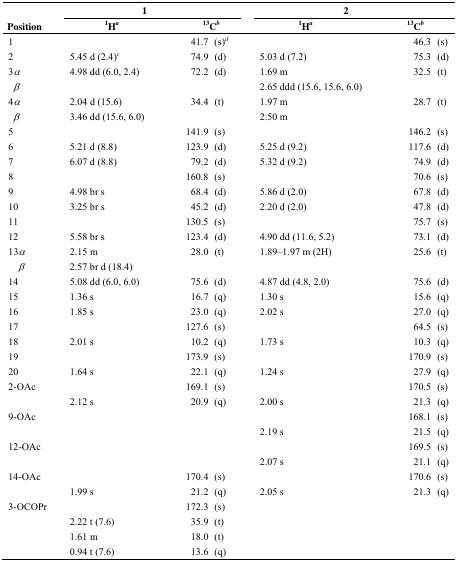
<table><thead><tr><td></td><td colspan="2"><b>1</b></td><td colspan="2"><b>2</b></td></tr><tr><td><b>Position</b></td><td><b><sup>1</sup>Ha</b></td><td><b><sup>13</sup>Cb</b></td><td><b><sup>1</sup>Ha</b></td><td><b><sup>13</sup>Cb</b></td></tr></thead><tbody><tr><td>1</td><td></td><td>41.7 (s)d</td><td></td><td>46.3 (s)</td></tr><tr><td>2</td><td>5.45 d (2.4)c</td><td>74.9 (d)</td><td>5.03 d (7.2)</td><td>75.3 (d)</td></tr><tr><td>3<i>α</i></td><td>4.98 dd (6.0, 2.4)</td><td>72.2 (d)</td><td>1.69 m</td><td>32.5 (t)</td></tr><tr><td> <i>β</i></td><td></td><td></td><td>2.65 ddd (15.6, 15.6, 6.0)</td><td></td></tr><tr><td>4<i>α</i></td><td>2.04 d (15.6)</td><td>34.4 (t)</td><td>1.97 m</td><td>28.7 (t)</td></tr><tr><td> <i>β</i></td><td>3.46 dd (15.6, 6.0)</td><td></td><td>2.50 m</td><td></td></tr><tr><td>5</td><td></td><td>141.9 (s)</td><td></td><td>146.2 (s)</td></tr><tr><td>6</td><td>5.21 d (8.8)</td><td>123.9 (d)</td><td>5.25 d (9.2)</td><td>117.6 (d)</td></tr><tr><td>7</td><td>6.07 d (8.8)</td><td>79.2 (d)</td><td>5.32 d (9.2)</td><td>74.9 (d)</td></tr><tr><td>8</td><td></td><td>160.8 (s)</td><td></td><td>70.6 (s)</td></tr><tr><td>9</td><td>4.98 br s</td><td>68.4 (d)</td><td>5.86 d (2.0)</td><td>67.8 (d)</td></tr><tr><td>10</td><td>3.25 br s</td><td>45.2 (d)</td><td>2.20 d (2.0)</td><td>47.8 (d)</td></tr><tr><td>11</td><td></td><td>130.5 (s)</td><td></td><td>75.7 (s)</td></tr><tr><td>12</td><td>5.58 br s</td><td>123.4 (d)</td><td>4.90 dd (11.6, 5.2)</td><td>73.1 (d)</td></tr><tr><td>13<i>α</i></td><td>2.15 m</td><td>28.0 (t)</td><td>1.89–1.97 m (2H)</td><td>25.6 (t)</td></tr><tr><td> <i>β</i></td><td>2.57 br d (18.4)</td><td></td><td></td><td></td></tr><tr><td>14</td><td>5.08 dd (6.0, 6.0)</td><td>75.6 (d)</td><td>4.87 dd (4.8, 2.0)</td><td>75.6 (d)</td></tr><tr><td>15</td><td>1.36 s</td><td>16.7 (q)</td><td>1.30 s</td><td>15.6 (q)</td></tr><tr><td>16</td><td>1.85 s</td><td>23.0 (q)</td><td>2.02 s</td><td>27.0 (q)</td></tr><tr><td>17</td><td></td><td>127.6 (s)</td><td></td><td>64.5 (s)</td></tr><tr><td>18</td><td>2.01 s</td><td>10.2 (q)</td><td>1.73 s</td><td>10.3 (q)</td></tr><tr><td>19</td><td></td><td>173.9 (s)</td><td></td><td>170.9 (s)</td></tr><tr><td>20</td><td>1.64 s</td><td>22.1 (q)</td><td>1.24 s</td><td>27.9 (q)</td></tr><tr><td>2-OAc</td><td></td><td>169.1 (s)</td><td></td><td>170.5 (s)</td></tr><tr><td></td><td>2.12 s</td><td>20.9 (q)</td><td>2.00 s</td><td>21.3 (q)</td></tr><tr><td>9-OAc</td><td></td><td></td><td></td><td>168.1 (s)</td></tr><tr><td></td><td></td><td></td><td>2.19 s</td><td>21.5 (q)</td></tr><tr><td>12-OAc</td><td></td><td></td><td></td><td>169.5 (s)</td></tr><tr><td></td><td></td><td></td><td>2.07 s</td><td>21.1 (q)</td></tr><tr><td>14-OAc</td><td></td><td>170.4 (s)</td><td></td><td>170.6 (s)</td></tr><tr><td></td><td>1.99 s</td><td>21.2 (q)</td><td>2.05 s</td><td>21.3 (q)</td></tr><tr><td>3-OCOPr</td><td></td><td>172.3 (s)</td><td></td><td></td></tr><tr><td></td><td>2.22 t (7.6)</td><td>35.9 (t)</td><td></td><td></td></tr><tr><td></td><td>1.61 m</td><td>18.0 (t)</td><td></td><td></td></tr><tr><td></td><td>0.94 t (7.6)</td><td>13.6 (q)</td><td></td><td></td></tr></tbody></table>